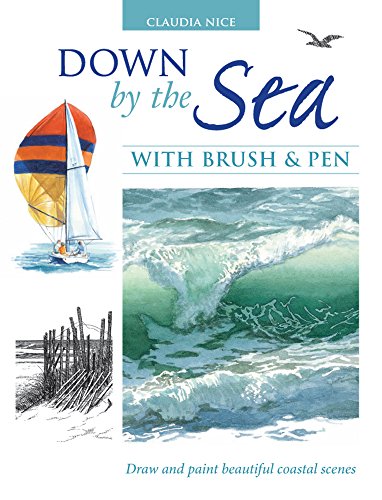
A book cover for Down by the Sea with Brush and Pen: Draw and Paint Beautiful Coastal Scenes; Claudia Nice; Arts & Photography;